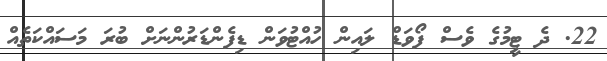
22. ދެ ޓީމުގެ ވެސް ފޯވަޑް ލައިން ހުއްޓުވަން ޑިފެންޑަރުންނަށް ބުރަ މަސައްކަތެއް